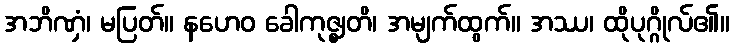
အဘိဏှံ၊ မပြတ်။ နဟေဝ ခေါကုဇ္ဈတိ၊ အမျက်ထွက်။ အဿ၊ ထိုပုဂ္ဂိုလ်၏။